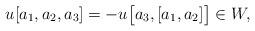
LaTeX: \begin{align*}u [a_1, a_2, a_3] = - u \bigl[ a_3, [a_1, a_2] \bigr] \in W ,\end{align*}